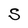
Character: S